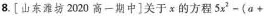
8.[山东潍坊2020高一期中]关于x的方程$$5x^{2}-(a+$$